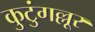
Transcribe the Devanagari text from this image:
कुटुंगल्लूर